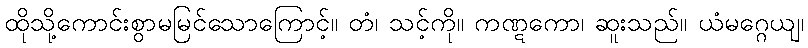
ထိုသို့ကောင်းစွာမမြင်သောကြောင့်။ တံ၊ သင့်ကို။ ကဏ္ဋကော၊ ဆူးသည်။ ယံမဂ္ဂေယျ၊